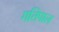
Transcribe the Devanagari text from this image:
गतिपाल